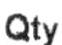
QTY